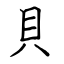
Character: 貝